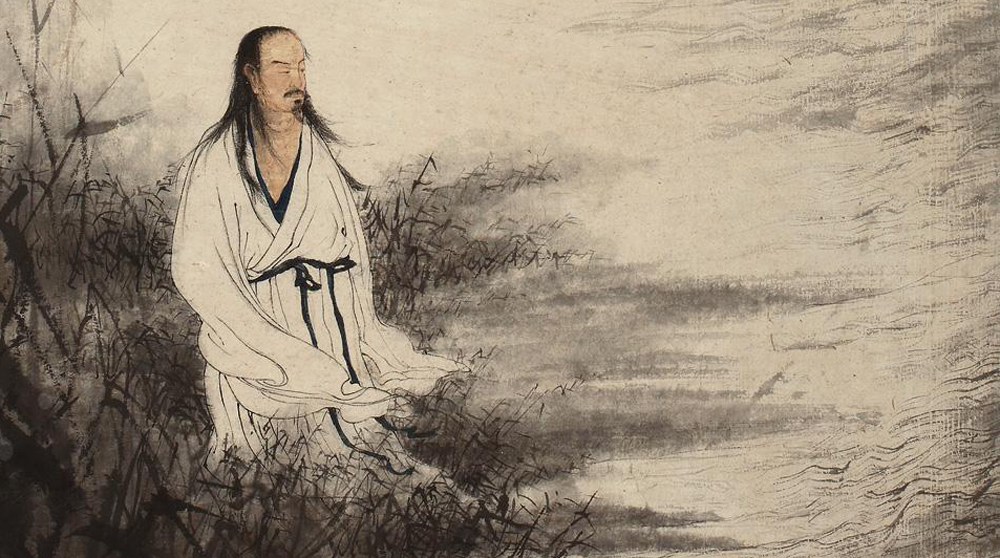
楚人悲屈原，千载意未歇。